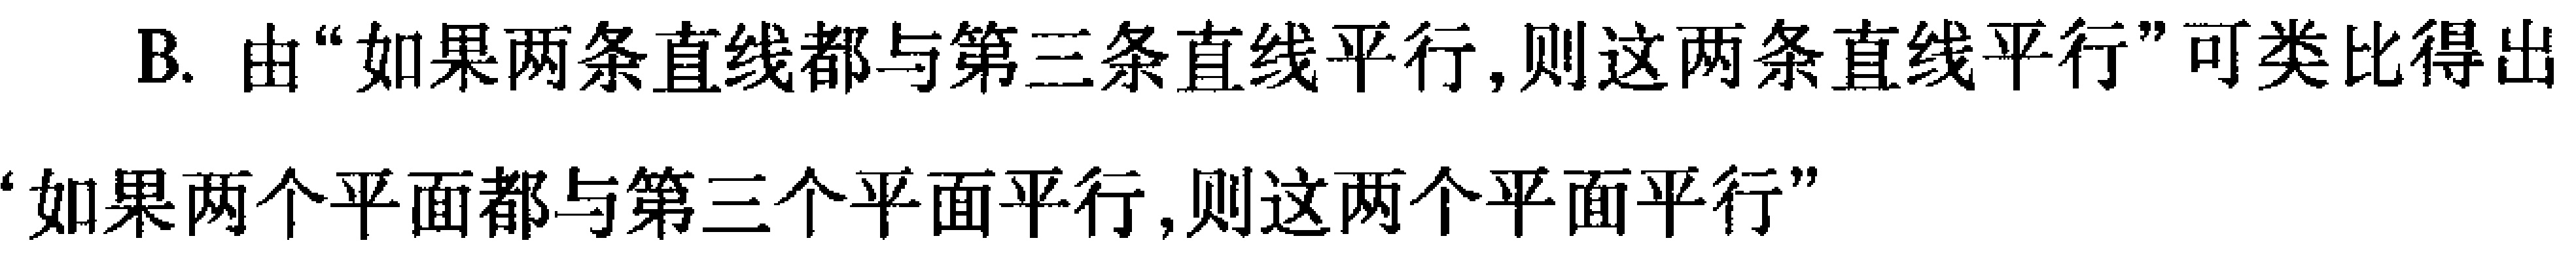
B. 由“如果两条直线都与第三条直线平行,则这两条直线平行”可类比得出“如果两个平面都与第三个平面平行,则这两个平面平行”